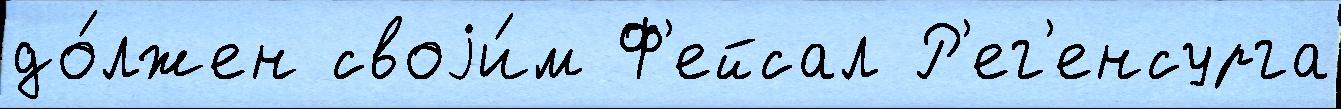
до́лжен своjи́м Ф'ейсал Р'ег'енсурга